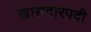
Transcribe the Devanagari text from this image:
खासदारपदी